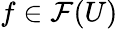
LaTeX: f\in{\mathcal{F}}(U)